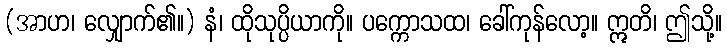
(အာဟ၊ လျှောက်၏။) နံ၊ ထိုသုပ္ပိယာကို။ ပက္ကောသထ၊ ခေါ်ကုန်လော့။ ဣတိ၊ ဤသို့။